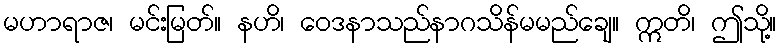
မဟာရာဇ၊ မင်းမြတ်။ နဟိ၊ ဝေဒနာသည်နာဂသိန်မမည်ချေ။ ဣတိ၊ ဤသို့။